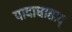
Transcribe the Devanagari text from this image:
पादाघाताद्